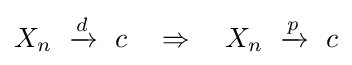
X_{n}\ \xrightarrow {d} \ c\quad \Rightarrow \quad X_{n}\ \xrightarrow {p} \ c